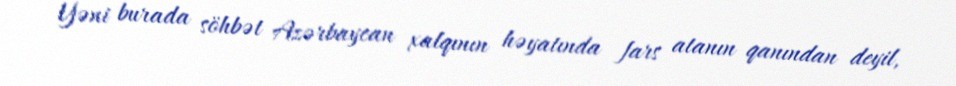
Yəni burada söhbət Azərbaycan xalqının həyatında fars atanın qanından deyil,